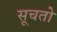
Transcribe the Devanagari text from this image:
सूचतो